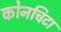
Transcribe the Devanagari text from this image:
कोनचिटा